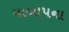
માબાપના